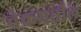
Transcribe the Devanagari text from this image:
चेकमधील